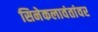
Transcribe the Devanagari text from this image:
सिनेकलावंतांवर